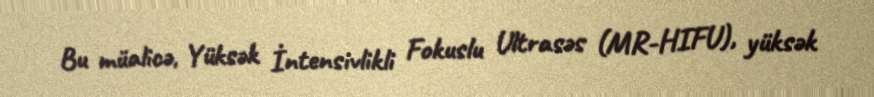
Bu müalicə, Yüksək İntensivlikli Fokuslu Ultrasəs (MR-HIFU), yüksək